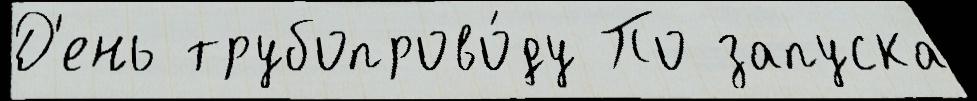
Д'ень трубопрово́ду По запуска